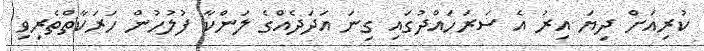
ކުރިއަށް ދިޔަ އިރު އެ ސަރަހައްދުގައި ގިނަ އަދަދެއްގެ ލަންކާ ފުލުހުން ހަރަކާތްތެރިވި